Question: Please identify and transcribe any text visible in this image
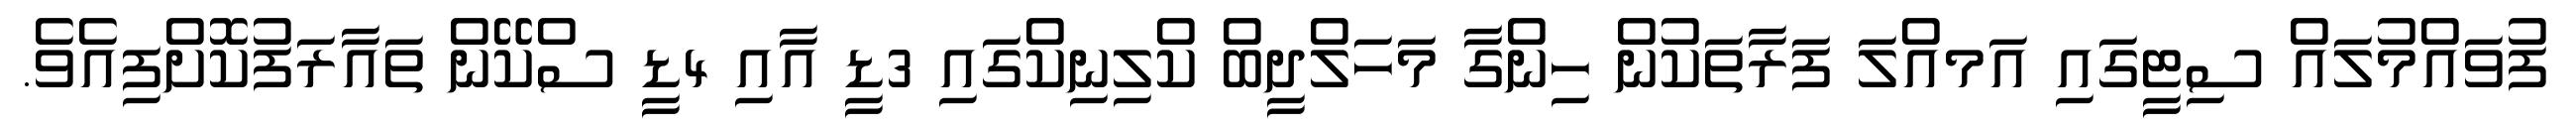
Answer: ފުވައްމުލައް ސިޓީގައި އަމއްލަ ފަރާތަކުން ހިންގާ މަހަލްދީބް ކްލިނިކްގައި 3ޑީ އާއި 4ޑީ ސްކޭން ތައާރަފުކޮށްފިއެވެ.